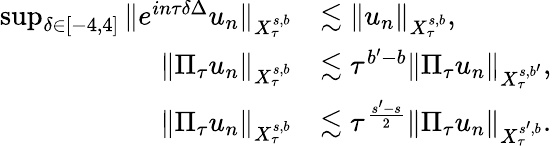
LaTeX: \begin{array}{rl}{\operatorname*{sup}_{\delta\in[-4,4]}\Vert e^{in\tau\delta\Delta}u_{n}\Vert_{X_{\tau}^{s,b}}}&{\lesssim\Vert u_{n}\Vert_{X_{\tau}^{s,b}},}\\ {\Vert\Pi_{\tau}u_{n}\Vert_{X_{\tau}^{s,b}}}&{\lesssim\tau^{b^{\prime}-b}\Vert\Pi_{\tau}u_{n}\Vert_{X_{\tau}^{s,b^{\prime}}},}\\ {\Vert\Pi_{\tau}u_{n}\Vert_{X_{\tau}^{s,b}}}&{\lesssim\tau^{\frac{s^{\prime}-s}{2}}\Vert\Pi_{\tau}u_{n}\Vert_{X_{\tau}^{s^{\prime},b}}.}\end{array}